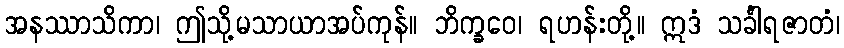
အနဿာသိကာ၊ ဤသို့မသာယာအပ်ကုန်။ ဘိက္ခဝေ၊ ရဟန်းတို့။ ဣဒံ သင်္ခါရဇာတံ၊